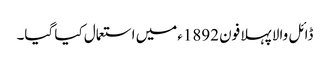
ڈائل والا پہلا فون 1892ءمیں استعمال کیا گیا۔